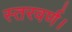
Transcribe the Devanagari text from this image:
स्तरवर्ण।